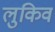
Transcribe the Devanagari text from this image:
लुकिव